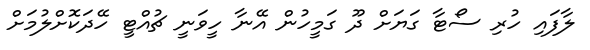
ލާފައި ހުރި ސޯޓާ ގަޔަށް ދޫ ގަމީހުން އޭނާ ހީވަނީ ޗުއްޓީ ހޭދަކޮށްލުމަށް